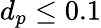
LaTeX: d_{p}\leq 0.1